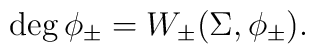
\deg \phi _{\pm }=W_{\pm }(\Sigma ,\phi _{\pm }).